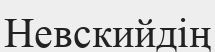
Невскийдің